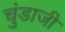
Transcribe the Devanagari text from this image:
चुंडाजी